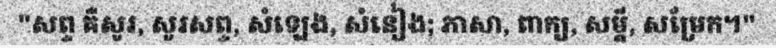
"សព្ទ គឺសូរ, សូរសព្ទ, សំឡេង, សំនៀង; ភាសា, ពាក្យ, សម្តី, សម្រែក។"